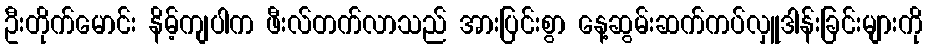
ဦးတိုက်မောင်း နိမ့်ကျပါက ဖီးလ်တက်လာသည် အားပြင်းစွာ နေ့ဆွမ်းဆက်ကပ်လှူဒါန်းခြင်းများကို